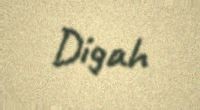
Digah